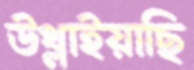
উথ্‌লাইয়াছি